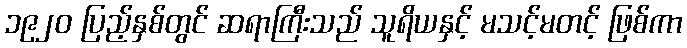
၁၉၂၀ ပြည့်နှစ်တွင် ဆရာကြီးသည် သူရိယနှင့် မသင့်မတင့် ဖြစ်ကာ